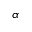
\alpha